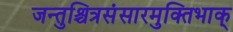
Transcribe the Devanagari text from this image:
जन्तुश्चित्रसंसारमुक्तिभाक्